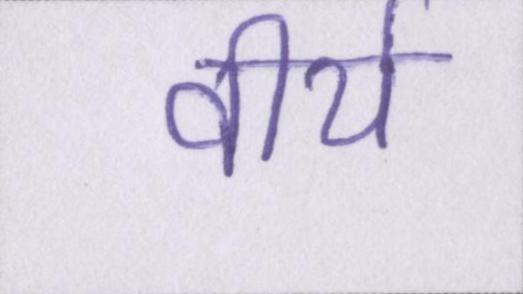
वीर्य